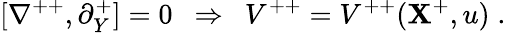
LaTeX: [\nabla^{++},\partial_{Y}^{+}]=0\ \ \Rightarrow\ \ V^{++}=V^{++}(\mathbf{X}^{+},u)\; .